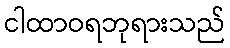
ငါထာဝရဘုရားသည်